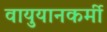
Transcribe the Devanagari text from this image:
वायुयानकर्मी